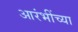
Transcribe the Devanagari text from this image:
आरंभींच्या